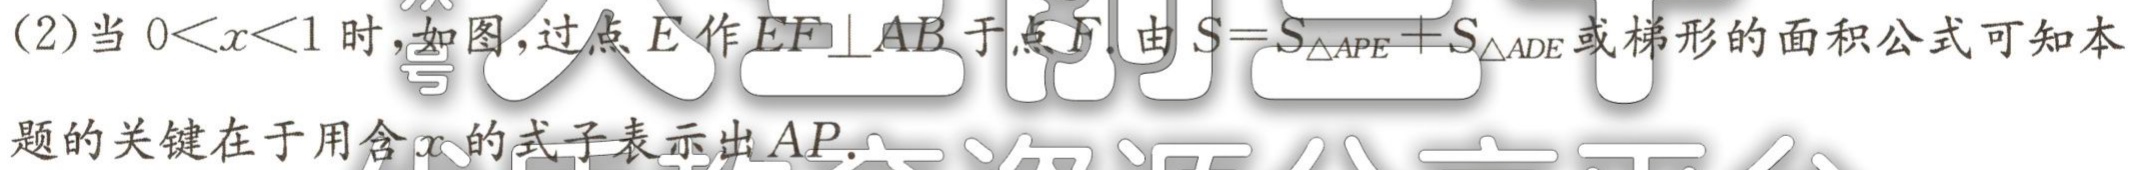
(2)当\(0<x<1\)时，如图，过点\(E\)作\(EF\perp AB\)于点\(F\). 由\(S = S_{\triangle APE}+S_{\triangle ADE}\)或梯形的面积公式可知本题的关键在于用含\(x\)的式子表示出\(AP\).